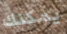
يمكنك